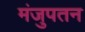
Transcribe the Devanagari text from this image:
मंजुपतन